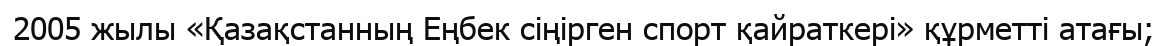
2005 жылы «Қазақстанның Еңбек сіңірген спорт қайраткері» құрметті атағы;